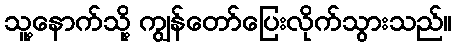
သူ့နောက်သို့ ကျွန်တော်ပြေးလိုက်သွားသည်။